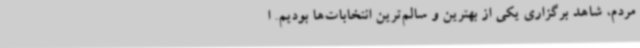
مردم، شاهد برگزاری یکی از بهترین و سالم‌ترین انتخابات‌ها بودیم. ا